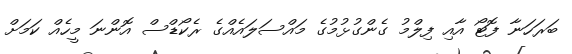
ބަރަހަނާ ފޮޓޯ އާއި ފިލްމު ގެންގުޅުމުގެ މައްސަލައެއްގެ ރެކޯޑްސް އޮންނަ މީހެެއް ކަމަށް